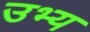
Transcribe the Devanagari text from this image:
उभ्य